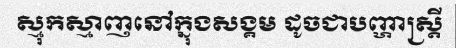
ស្មុកស្មាញនៅក្នុងសង្គម ដូចជាបញ្ហាស្ត្រី